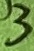
Text: 3